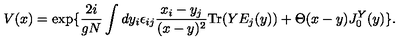
V ( x ) = \exp \{ { \frac { 2 i } { g N } } \int d y _ { i } \epsilon _ { i j } { \frac { x _ { i } - y _ { j } } { ( x - y ) ^ { 2 } } } \mathrm { T r } ( Y E _ { j } ( y ) ) + \Theta ( x - y ) J _ { 0 } ^ { Y } ( y ) \} .